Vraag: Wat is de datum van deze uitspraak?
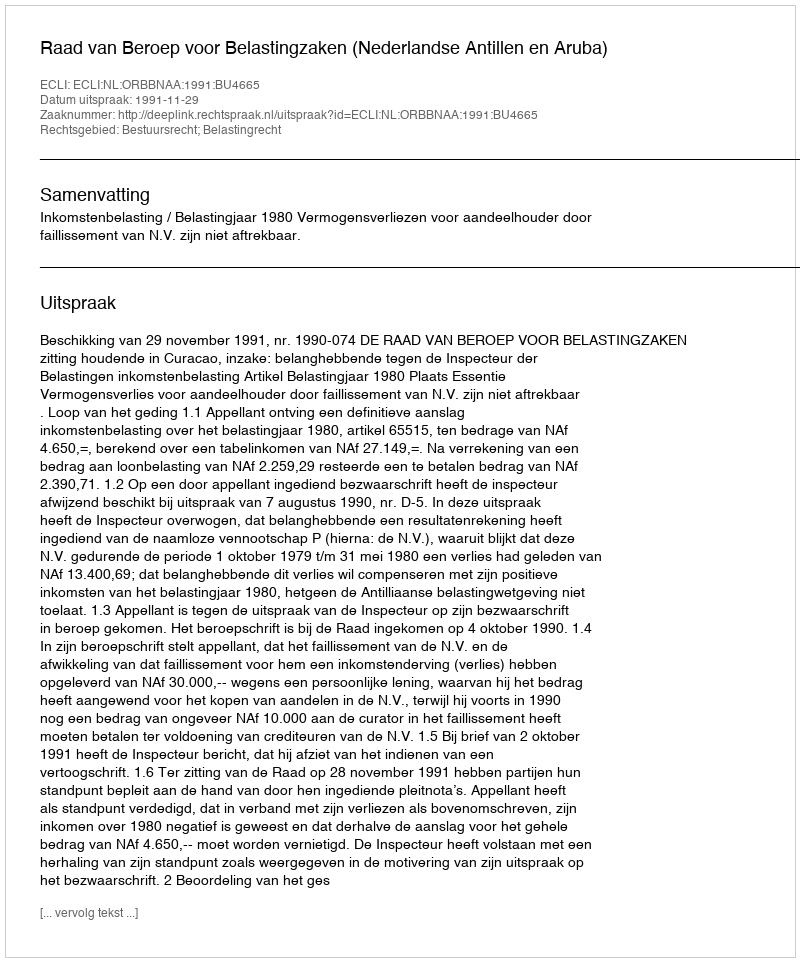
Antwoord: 1991-11-29